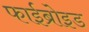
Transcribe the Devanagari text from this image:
फाईब्रोइड